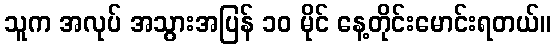
သူက အလုပ် အသွားအပြန် ၁၀ မိုင် နေ့တိုင်းမောင်းရတယ်။